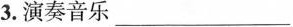
3.演奏音乐___